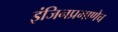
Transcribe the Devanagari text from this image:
इंजिनप्रमाणेच